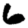
Digit: 6